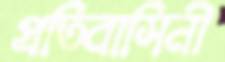
প্রতিবাসিনী